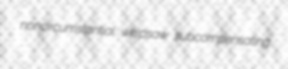
noncircumstantial whipsaw subcompensating